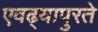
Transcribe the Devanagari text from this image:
एवढ्यापुरते